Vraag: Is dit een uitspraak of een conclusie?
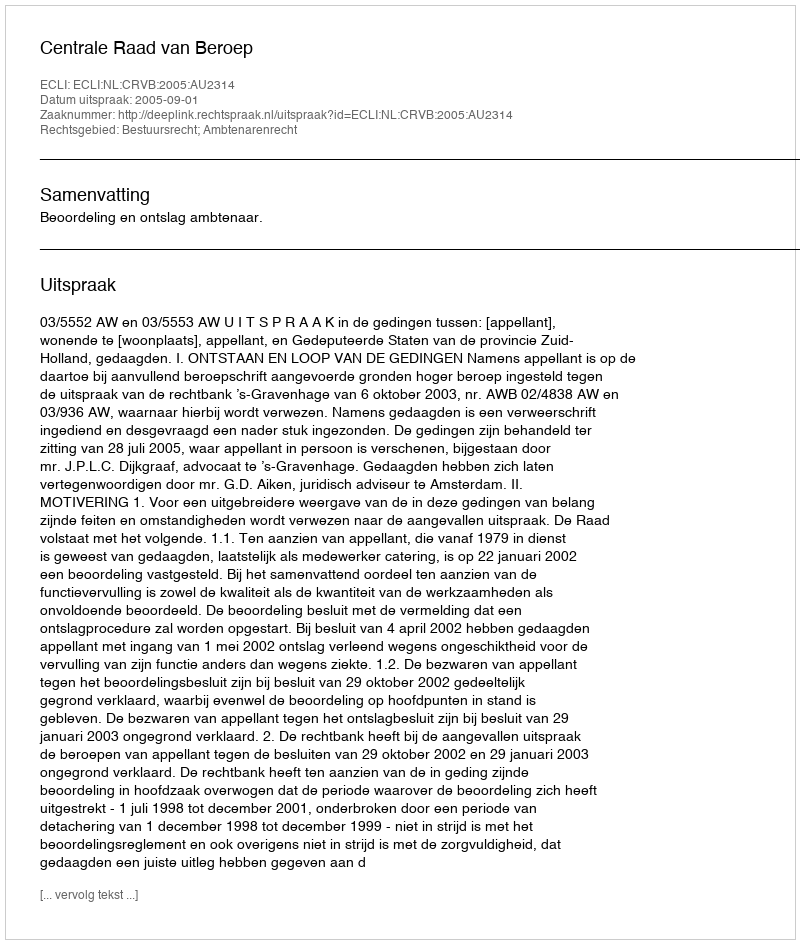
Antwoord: Uitspraak